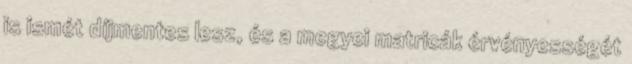
is ismét díjmentes lesz, és a megyei matricák érvényességét